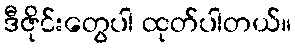
ဒီဇိုင်းတွေပါ ထုတ်ပါတယ်။